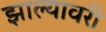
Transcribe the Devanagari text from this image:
झाल्यावरी